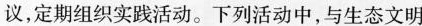
议，定期组织实践活动。下列活动中，与生态文明